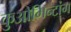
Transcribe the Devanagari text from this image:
कुओमिन्टांग